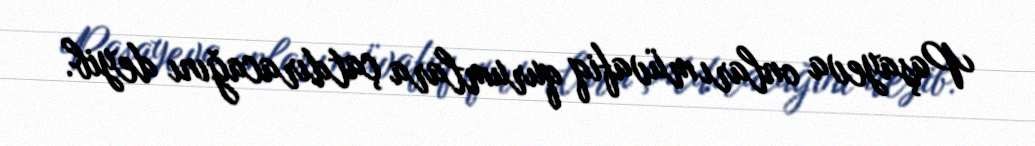
Paşayeva onları müvafiq qurumlara çatdıracağını deyib.